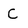
Character: C